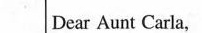
Dear Aunt Carla.